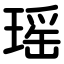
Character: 瑶